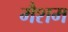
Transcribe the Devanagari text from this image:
मैशम